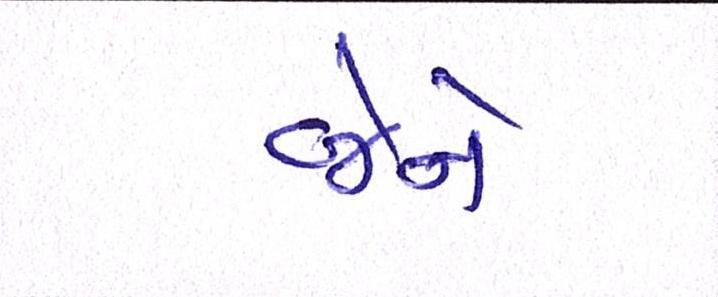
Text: જેને